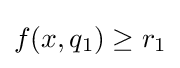
f(x,q_{1})\geq r_{1}\,\!